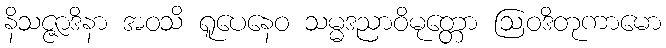
နိသဇ္ဇာဒိနာ အဝသိ ရူပေနေဝ သမ္မဒညာဝိမုတ္တော ဩဝဒိတုကာမော